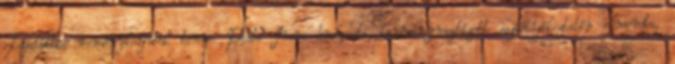
Legalábbis reménykedjünk benne. Pesti Imre budapesti kormánymegbízott sajtótájékoztatón elmondta,